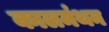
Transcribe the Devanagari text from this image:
कालमंथन